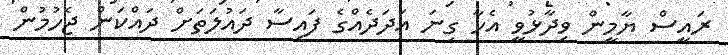
ރައީސް ޔާމީން ވިދާޅުވީ އެހާ ގިނަ އަދަދެއްގެ ފައިސާ ދައުލަތަށް ދައްކަން ޖެހުމުން